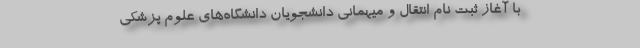
با آغاز ثبت نام انتقال و میهمانی دانشجویان دانشگاه‌های علوم پزشکی